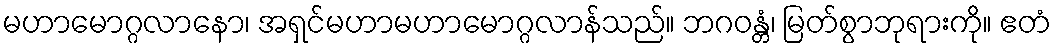
မဟာမောဂ္ဂလာနော၊ အရှင်မဟာမဟာမောဂ္ဂလာန်သည်။ ဘဂဝန္တံ၊ မြတ်စွာဘုရားကို။ ဧတံ